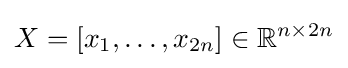
X=[x_{1},\ldots ,x_{2n}]\in \mathbb {R} ^{n\times 2n}